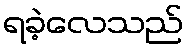
ရခဲ့လေသည်